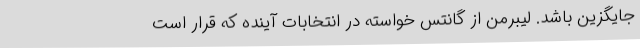
جایگزین باشد. لیبرمن از گانتس خواسته در انتخابات آینده که قرار است